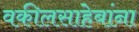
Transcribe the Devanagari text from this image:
वकीलसाहेबांना